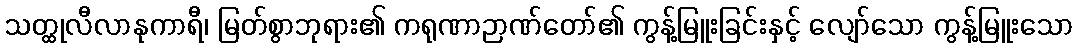
သတ္ထုလီလာနုကာရီ၊ မြတ်စွာဘုရား၏ ကရုဏာဉာဏ်တော်၏ ကွန့်မြူးခြင်းနှင့် လျော်သော ကွန့်မြူးသော